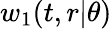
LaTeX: w_{1}(t,r|\theta)